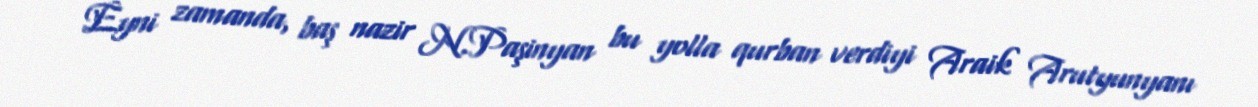
Eyni zamanda, baş nazir N.Paşinyan bu yolla qurban verdiyi Araik Arutyunyanı